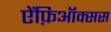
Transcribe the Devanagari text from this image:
ऐंफ़िऑक्सस